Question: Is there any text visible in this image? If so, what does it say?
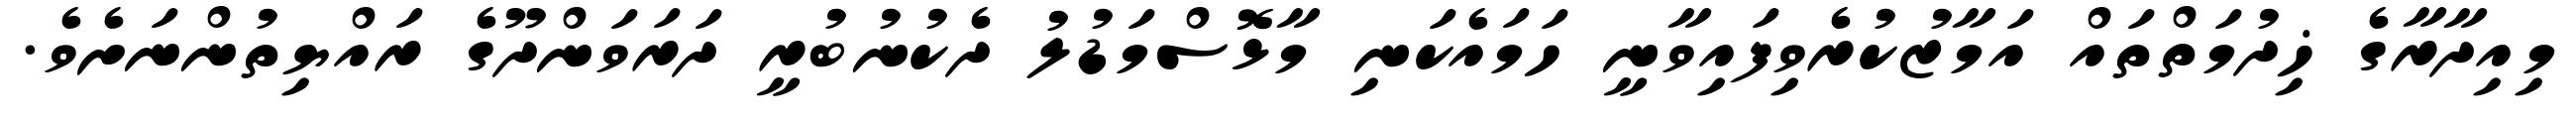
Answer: މިއިދާރާގެ ޚިދުމަތްތައް އަމާޒުކުރެވިފައިވާނީ ހަމައެކަނި މާޅޮސްމަޑުލު ދެކުނުބުރީ ދަރަވަންދޫގެ ރައްޔިތުންނަށެވެ.